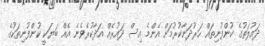
ދައުލަތުގެ ކުންފުނިތައް ހަރުދަނާކުރުމަށް އެންމެ އިސް ދައުރެއް އަދާކުރެވެނެ އެއް ބަޔަކީ ކުންފުނިތަކުގެ